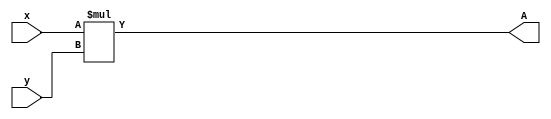
module top( x, y, A );
    input [1:0] x;
    input [1:0] y;
    output [3:0] A;
    assign A =  x * y;
endmodule